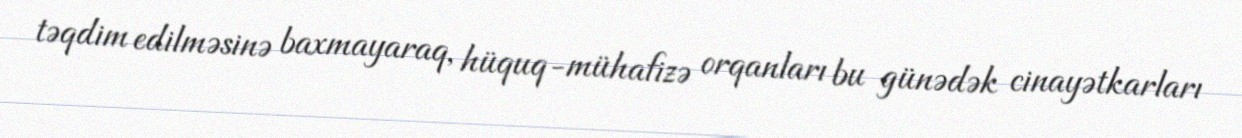
təqdim edilməsinə baxmayaraq, hüquq-mühafizə orqanları bu günədək cinayətkarları